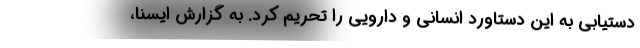
دستیابی به این دستاورد انسانی و دارویی را تحریم کرد. به گزارش ایسنا،